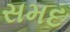
સમદ